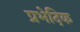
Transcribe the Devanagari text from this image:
प्रभेदिक